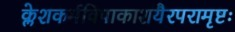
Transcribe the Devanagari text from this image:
क्लेशकर्मविपाकाशयैरपरामृष्टः